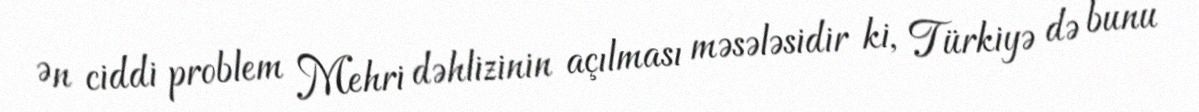
Ən ciddi problem Mehri dəhlizinin açılması məsələsidir ki, Türkiyə də bunu